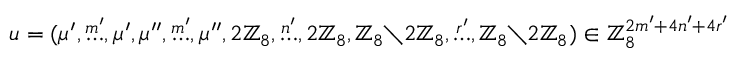
u = ( \mu ^ { \prime } , \stackrel { m ^ { \prime } } { \dots } , \mu ^ { \prime } , \mu ^ { \prime \prime } , \stackrel { m ^ { \prime } } { \dots } , \mu ^ { \prime \prime } , 2 \mathbb { Z } _ { 8 } , \stackrel { n ^ { \prime } } { \dots } , 2 \mathbb { Z } _ { 8 } , \mathbb { Z } _ { 8 } { \setminus } 2 \mathbb { Z } _ { 8 } , \stackrel { r ^ { \prime } } { \dots } , \mathbb { Z } _ { 8 } { \setminus } 2 \mathbb { Z } _ { 8 } ) \in \mathbb { Z } _ { 8 } ^ { 2 m ^ { \prime } + 4 n ^ { \prime } + 4 r ^ { \prime } }